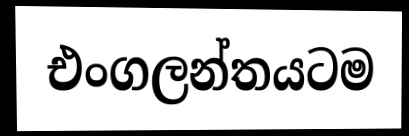
එංගලන්තයටම